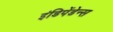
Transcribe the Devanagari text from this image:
इंडिपेंडेन्स